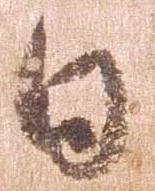
日